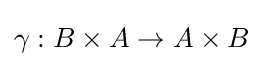
\gamma :B\times A\rightarrow A\times B